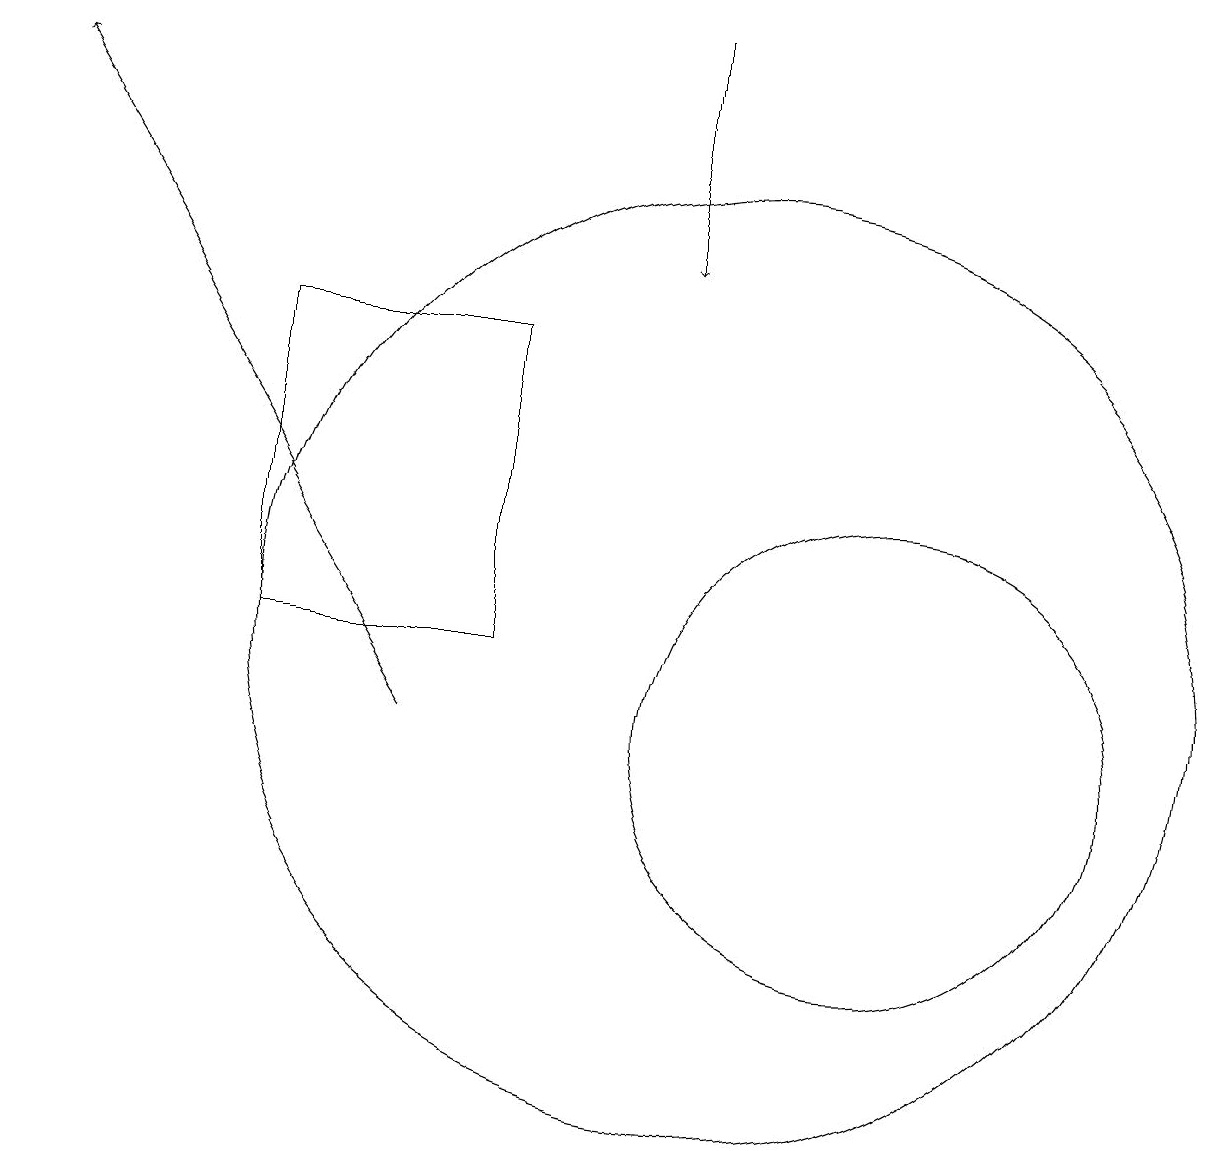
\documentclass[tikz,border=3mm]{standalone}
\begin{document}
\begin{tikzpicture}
\draw (10,11) circle (6);
\draw (12,10) circle (3);
\draw (4,15) rectangle (7,11);
\draw[->] (9,19) -- (9,16);
\draw[->] (6,10) -- (1,18);
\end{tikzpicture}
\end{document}